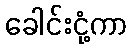
ခေါင်းငုံ့ကာ